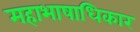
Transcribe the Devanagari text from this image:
महाभाषाधिकार